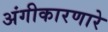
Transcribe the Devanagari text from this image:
अंगीकारणारे